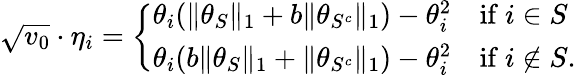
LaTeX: \begin{array}{r}{\sqrt{v_{0}}\cdot\eta_{i}=\left\{ \begin{array}{ll}{\theta_{i}(\| \theta_{S}\| _{1}+b\| \theta_{S^{c}}\| _{1})-\theta_{i}^{2}\quad\mathrm{if~}i\in S}\\ {\theta_{i}(b\| \theta_{S}\| _{1}+\| \theta_{S^{c}}\| _{1})-\theta_{i}^{2}\quad\mathrm{if~}i\notin S.}\end{array}\right.}\end{array}